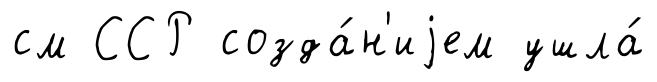
см ССР созда́н'иjем ушла́